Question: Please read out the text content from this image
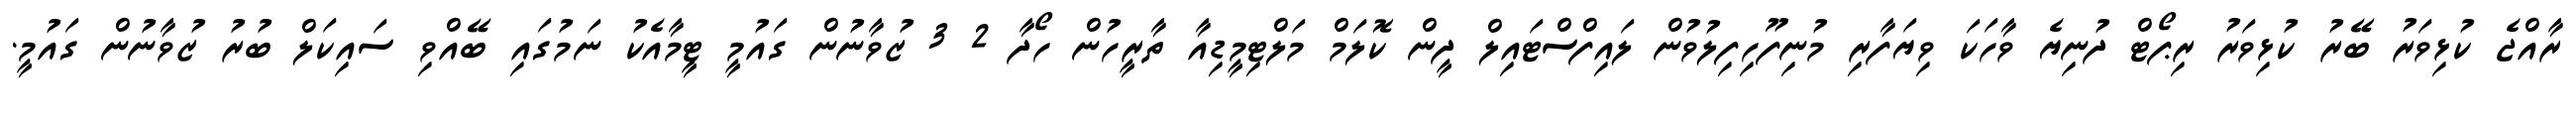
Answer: ރާއްޖެ ކުޅިވަރު ބޭރު ކުޅިވަރު ރިޕޯޓް ދުނިޔެ ވާހަކަ ވިޔަފާރި މުނިފޫހިފިލުވުން ލައިފްސްޓައިލް ދީން ކޮލަމް މަލްޓިމީޑިއާ ތާރީހުން ހޯދާ 2 3 ޒުވާނުން ގައުމީ ޓީމާއެކު ނަމުގައި ބޭއްވި ސައިކަލް ބުރު ޒުވާނުން ގައުމީ.